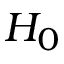
H _ { 0 }